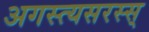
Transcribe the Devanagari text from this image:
अगस्त्यसरस्स्